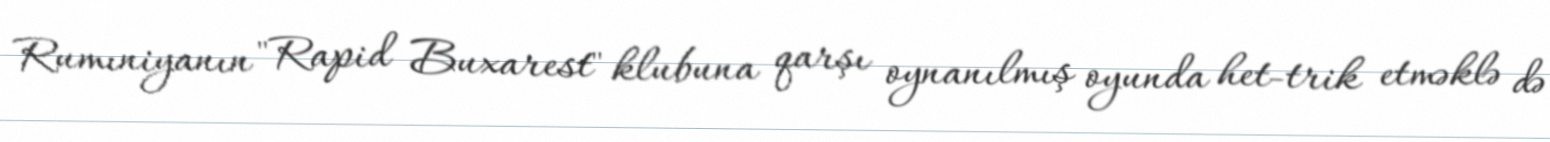
Rumıniyanın "Rapid Buxarest" klubuna qarşı oynanılmış oyunda het-trik etməklə də